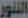
التنور